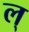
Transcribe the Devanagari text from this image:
ल्‌